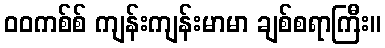
ဝဝကစ်စ် ကျန်းကျန်းမာမာ ချစ်စရာကြီး။